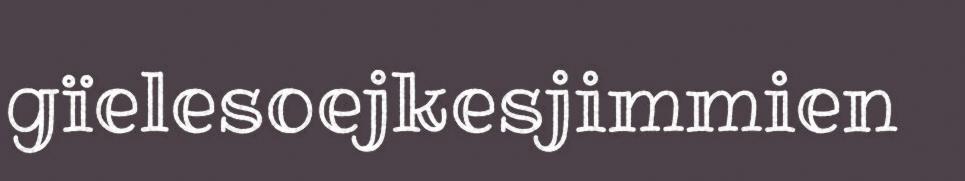
gïelesoejkesjimmien